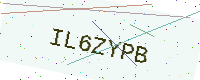
Text: IL6ZYPB